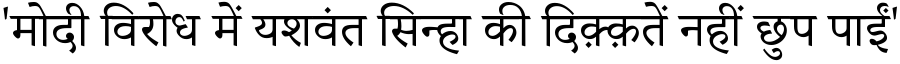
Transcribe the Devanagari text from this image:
'मोदी विरोध में यशवंत सिन्हा की दिक़्क़तें नहीं छुप पाईं'